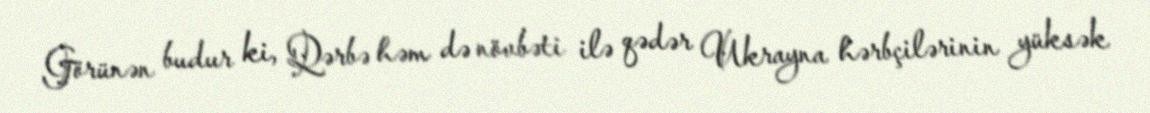
Görünən budur ki, Qərbə həm də növbəti ilə qədər Ukrayna hərbçilərinin yüksək